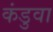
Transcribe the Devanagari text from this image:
कंडुवा